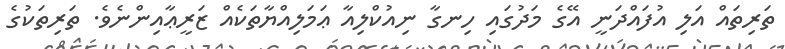
ތަރިތައް އަލި އުފައްދަނީ އޭގެ މަދުގައި ހިނގާ ނިއުކްލިއާ ޢަމަލިއްޔާތަކެއް ޒަރީޢާއިންނެވެ. ތަރިތަކުގެ